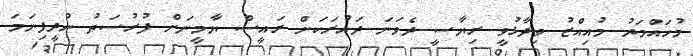
މުހައްމަދު މުއިއްޒު ވިދާޅުވީ ރިޔާސީ ދެވަނަ ދައުރަކަށް ރައީސް ޔާމީނަށް ފުރުސަތު ނުދީފިނަމަ